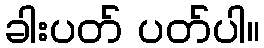
ခါးပတ် ပတ်ပါ။